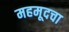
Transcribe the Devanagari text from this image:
महमूदचा